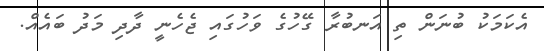
އެކަމަކު ބުނަން ތި އަނބުރާ ގޭހުގެ ވަހުގައި ޖެހެނީ ދާދި މަދު ބައެއް.